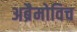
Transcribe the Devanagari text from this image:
अब्रैमोविच